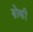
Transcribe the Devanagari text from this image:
ब्रोकी